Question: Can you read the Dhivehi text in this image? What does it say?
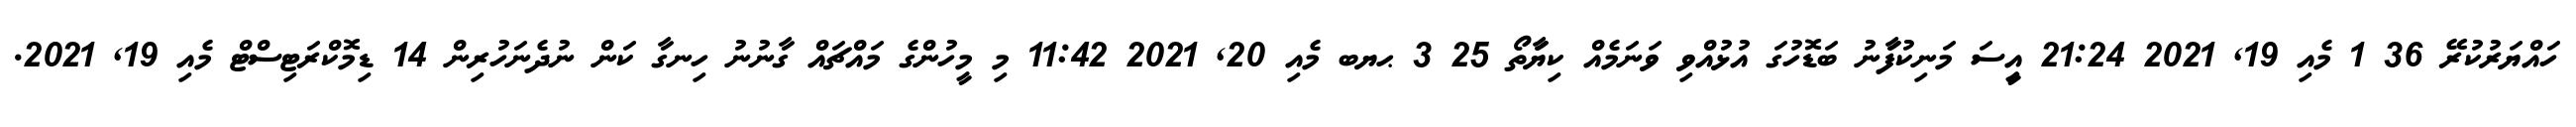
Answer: ހައްޔަރުކުރޭ 36 1 މެއި 19, 2021 21:24 އިީސަ މަނިކުފަާނު ބަޑޮހުގަ އުޅުއްވި ވަނަމެއް ކިޔަާތޯ 25 3 ޙޔބ މެއި 20, 2021 11:42 މި މީހުންގެ މައްޗައް ގާނުނު ހިނގާ ކަން ނުދެނަހުރިން 14 ޑިމޮކްރަޓިސްޓް މެއި 19, 2021.